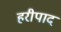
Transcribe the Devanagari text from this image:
हरीपाद